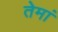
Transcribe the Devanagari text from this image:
तेमां